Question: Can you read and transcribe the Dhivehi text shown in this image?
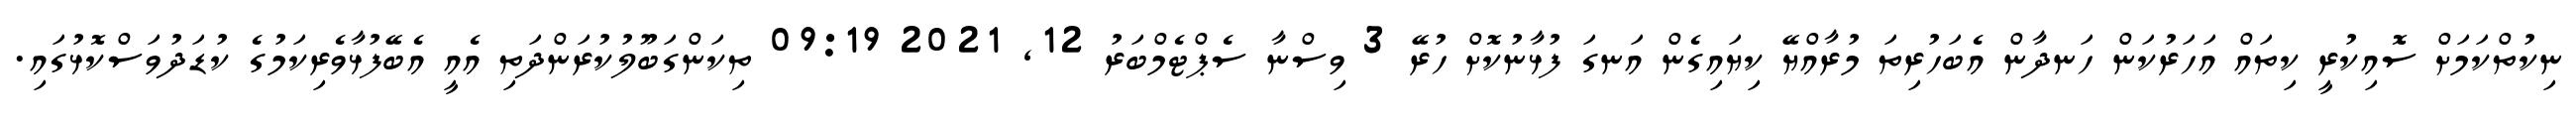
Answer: ނިކުތްކަމަށް ސޮއިކުރީ ކިތައް އަހަރުކަން ހަނދާން އެބަހުރިތަ މުރާއްޔޭ ކިޔައިގެން އަނގަ ފުޅާނުކޮށް ހުރޭ 3 ވިސްނާ ސެޕްޓެމްބަރު 12, 2021 09:19 ތިކަންގަބޫލުކުރަންދަތި އެއީ އެބޭފުޅާވެރިކަމުގެ ކުޑަދުވަސްކޮޅުގައި.